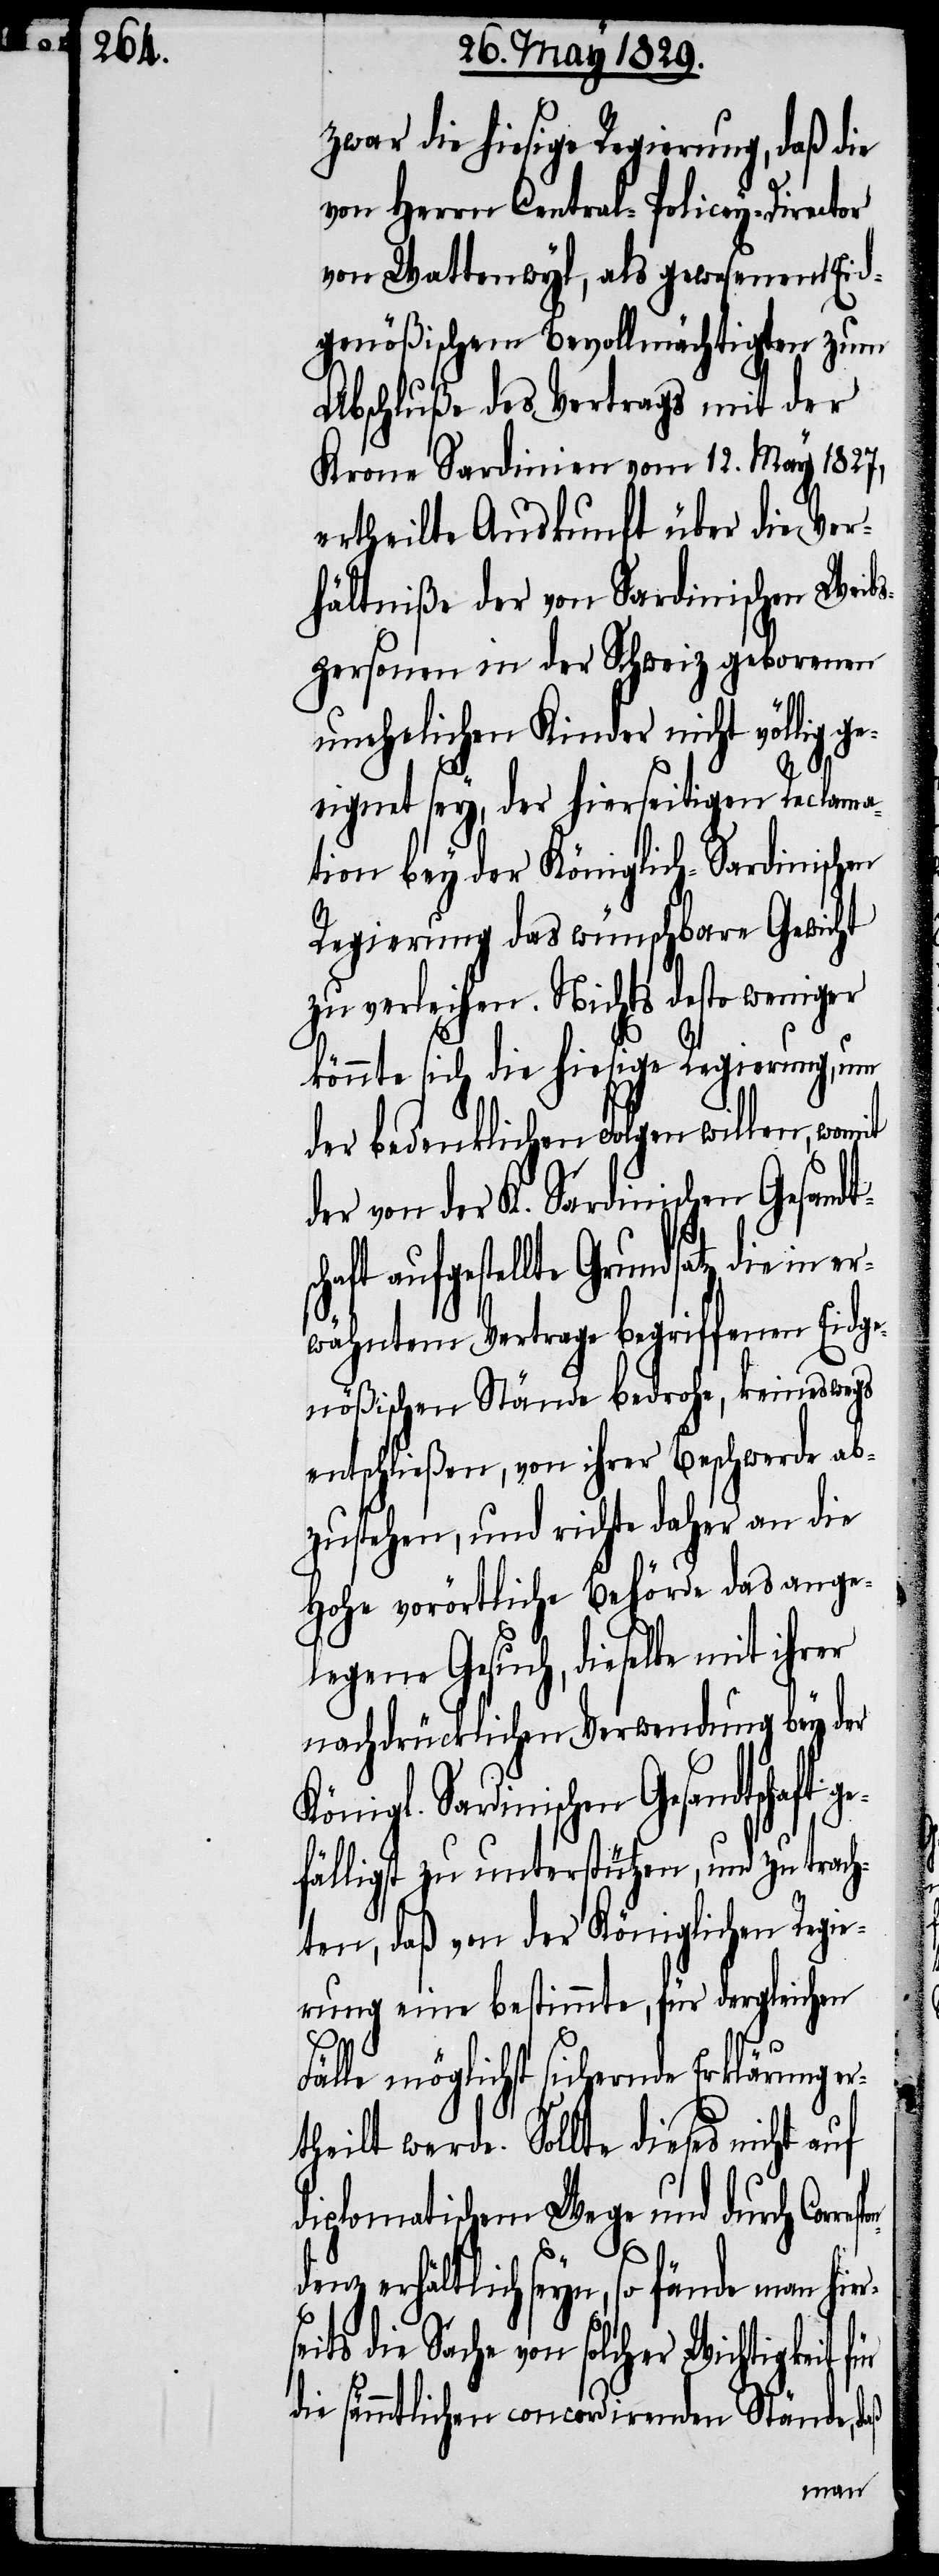
espond¬

zwar die hiesige Regierung, daß die
von Herrn Central-Policey-Director
von Wattenwyl, als gewesenen Eid¬
genößischen Bevollmächtigten zum
Abschluße des Vertrags mit der
Krone Sardinien vom 12. May 1827,
ertheilte Auskunft über die Ver¬
hältniße der von Sardinischen Weibs¬
personen in der Schweiz geborenen
unehelichen Kinder nicht völlig ge¬
eignet sey, der hierseitigen Reclama¬
tion bey der Königlich-Sardinischen
Regierung das wünschbare Gewicht
zu verleihen. Nichts desto weniger
könnte sich die hiesige Regierung, um
der bedenklichen Folgen wil¬
der von der K. Sardinischen Gesand¬
aufgestellte Grundsatz, die in
wähntem Vertrage begriffenen Eidge¬
nößischen Stände bedrohe, keineswegs
entschließen, von ihrer Beschwerde ab¬
zustehen, und richte daher an die
Hohe vorörtliche Behörde das ange¬
legene Gesuch, dieselbe mit ihr¬
nachdrücklichen Verwendung bey der
Sardinischen Gesandtschaft
fälligst zu unterstützen, und zu trach¬
ten, daß von der Königlichen Regie¬
rung eine bestimmte, für dergleichen
Fälle möglichst sichernde
theilt werde. Sollte dieses nicht
diplomatischem Wege und durch Corr¬
enz erhältlich seyn, so fände man
die Sache von solcher Wichtigkeit
die sämmtlichen concordirenden Stände, daß